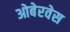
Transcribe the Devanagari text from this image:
ओबेरवेस